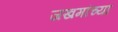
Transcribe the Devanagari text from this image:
जखमांच्या